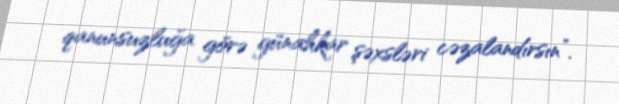
qanunsuzluğa görə günahkar şəxsləri cəzalandırsın”.